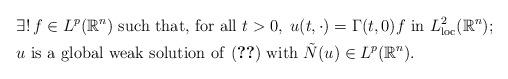
LaTeX: \begin{align*}&\exists !\,f\in L^p({\mathbb{R}}^n)\mbox{ such that, for all } t> 0, \; u(t, \cdot)=\Gamma(t,0)f \mbox{ in } L^2_{\rm loc}({\mathbb{R}}^n);\\&u \mbox{ is a global weak solution of \eqref{eq1} with }\tilde N(u)\in L^p({\mathbb{R}}^n).\end{align*}